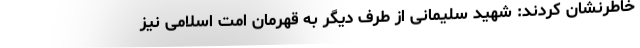
خاطرنشان کردند: شهید سلیمانی از طرف دیگر به قهرمان امت اسلامی نیز